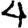
Digit: 4